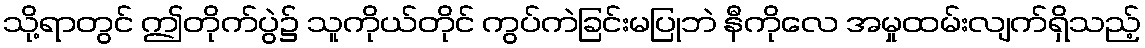
သို့ရာတွင် ဤတိုက်ပွဲ၌ သူကိုယ်တိုင် ကွပ်ကဲခြင်းမပြုဘဲ နီကိုလေ အမှုထမ်းလျက်ရှိသည့်